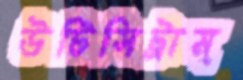
উটিসিট্রাম্